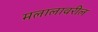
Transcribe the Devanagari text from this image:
मलालावरील